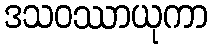
ဒသဝဿာယုကာ